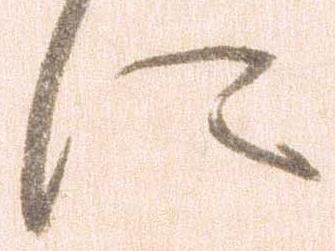
に